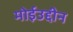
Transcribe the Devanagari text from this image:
मोईउद्दीन